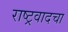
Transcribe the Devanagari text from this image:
राष्ट्रवादचा